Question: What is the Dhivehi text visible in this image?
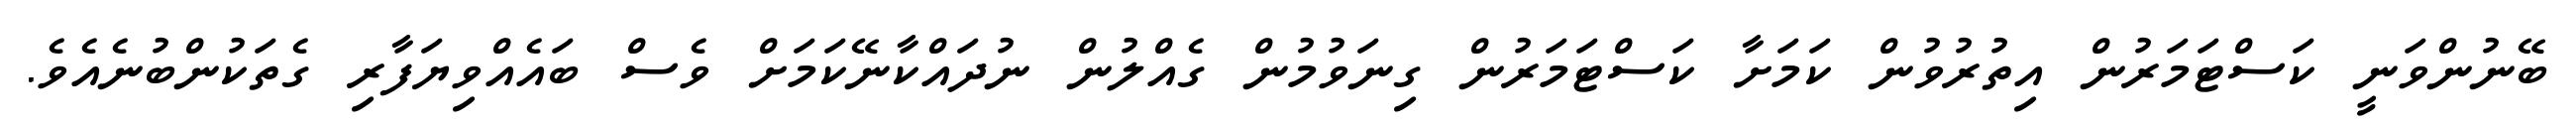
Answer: ބޭނުންވަނީ ކަސްޓަމަރުން އިތުރުވުން ކަމަށާ ކަސްޓަމަރުން ގިނަވުމުން ގެއްލުން ނުދައްކާނޭކަމަށް ވެސް ބައެއްވިޔަފާރި ގެތަކުންބުނެއެވެ.